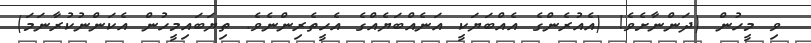
ވި މީހުން (ދަންނާށެވެ! (އެއުރެންގެ އެއްބަޔަކީ އަނެއްބަޔެއްގެ އެހީތެރިންނެވެ. ތިޔަބައިމީހުން އެކަންނުކުރާނަމަ)